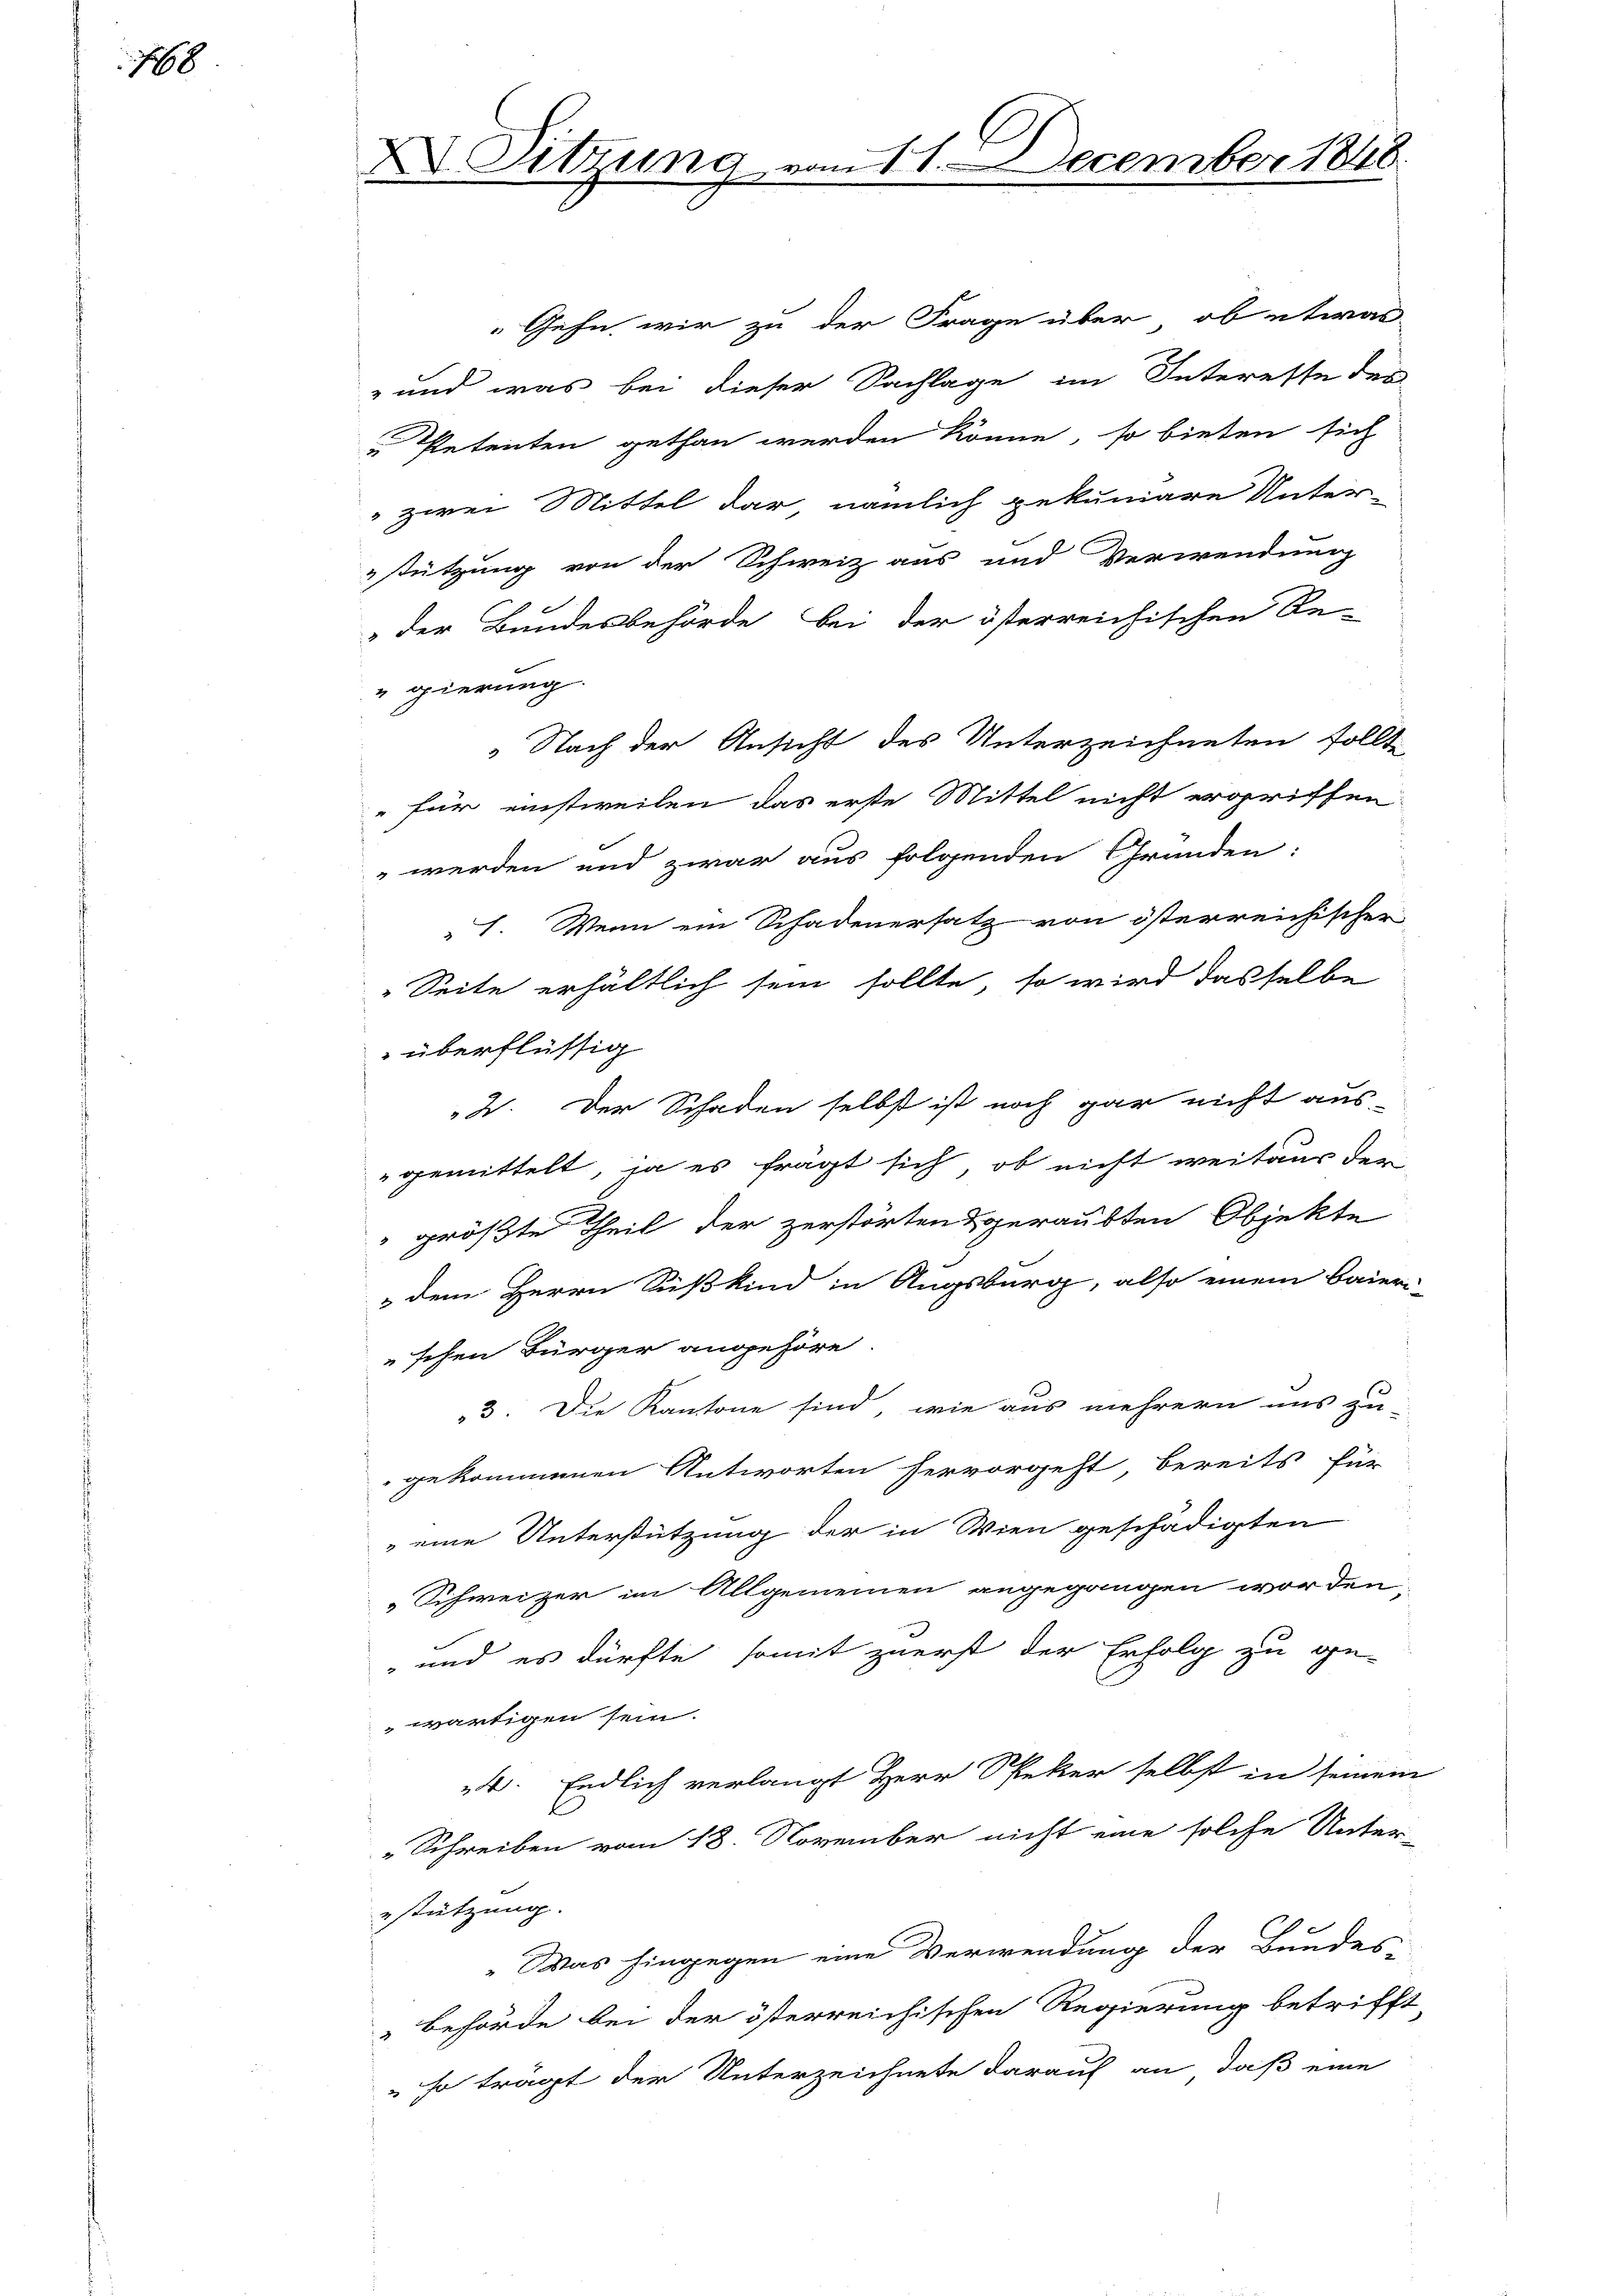
188

X. Sitzung

vom 11. December 1848.

Gehn wir zu der Frage über, ob etwas
" und was bei dieser Sachlage im Interesse des
u Petenten gethan werden könne, so bieten sich
" zwei Mittel dar, nämlich gekuniäre Unter-
stützung von der Schweiz aus und Verwendung
 der Bundesbehörde bei der österreichischen Re-
gierung.
Nach der Ansicht des Unterzeichneten sollt
 für einstweilen das erste Mittel nicht ergriffen
 werden und zwar aus folgenden Gründen:
1. Wenn ein Schadenersatz von österreichischer
Seite erhältlich sein sollte, so wird dasselbe
überflüssig
2. Der Schaden selbst ist noch gar nicht aus-
gemittelt, ja es fragt sich, ob nicht weitaus der
größte Theil der zerstörtens geraubten Objekte
 dem Herrn Sußkind in Augsburg, also einem Baieri
schen Bürger angehöre
3. Die Kantone sind, wie aus mehrern uns zu-
gekommenen Antworten hervorgeht bereits für
 eine Unterstützung der in Wien geschädigten
Schweizer im Allgemeinen angegangen worden,
 und es dürfte somit zuerst der Erfolg zu ge-
wärtigen sein.
4. Endlich verlangt Herr Speker selbst in seinem
„Schreiben vom 18. November nicht eine solche Unter-
estützung.
„Was hingegen eine Verwendung der Bundes-
Behörde bei der österreichischen Regierung betrifft
" so tragt der Unterzeichnete darauf an, daß eine